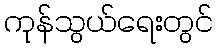
ကုန်သွယ်ရေးတွင်